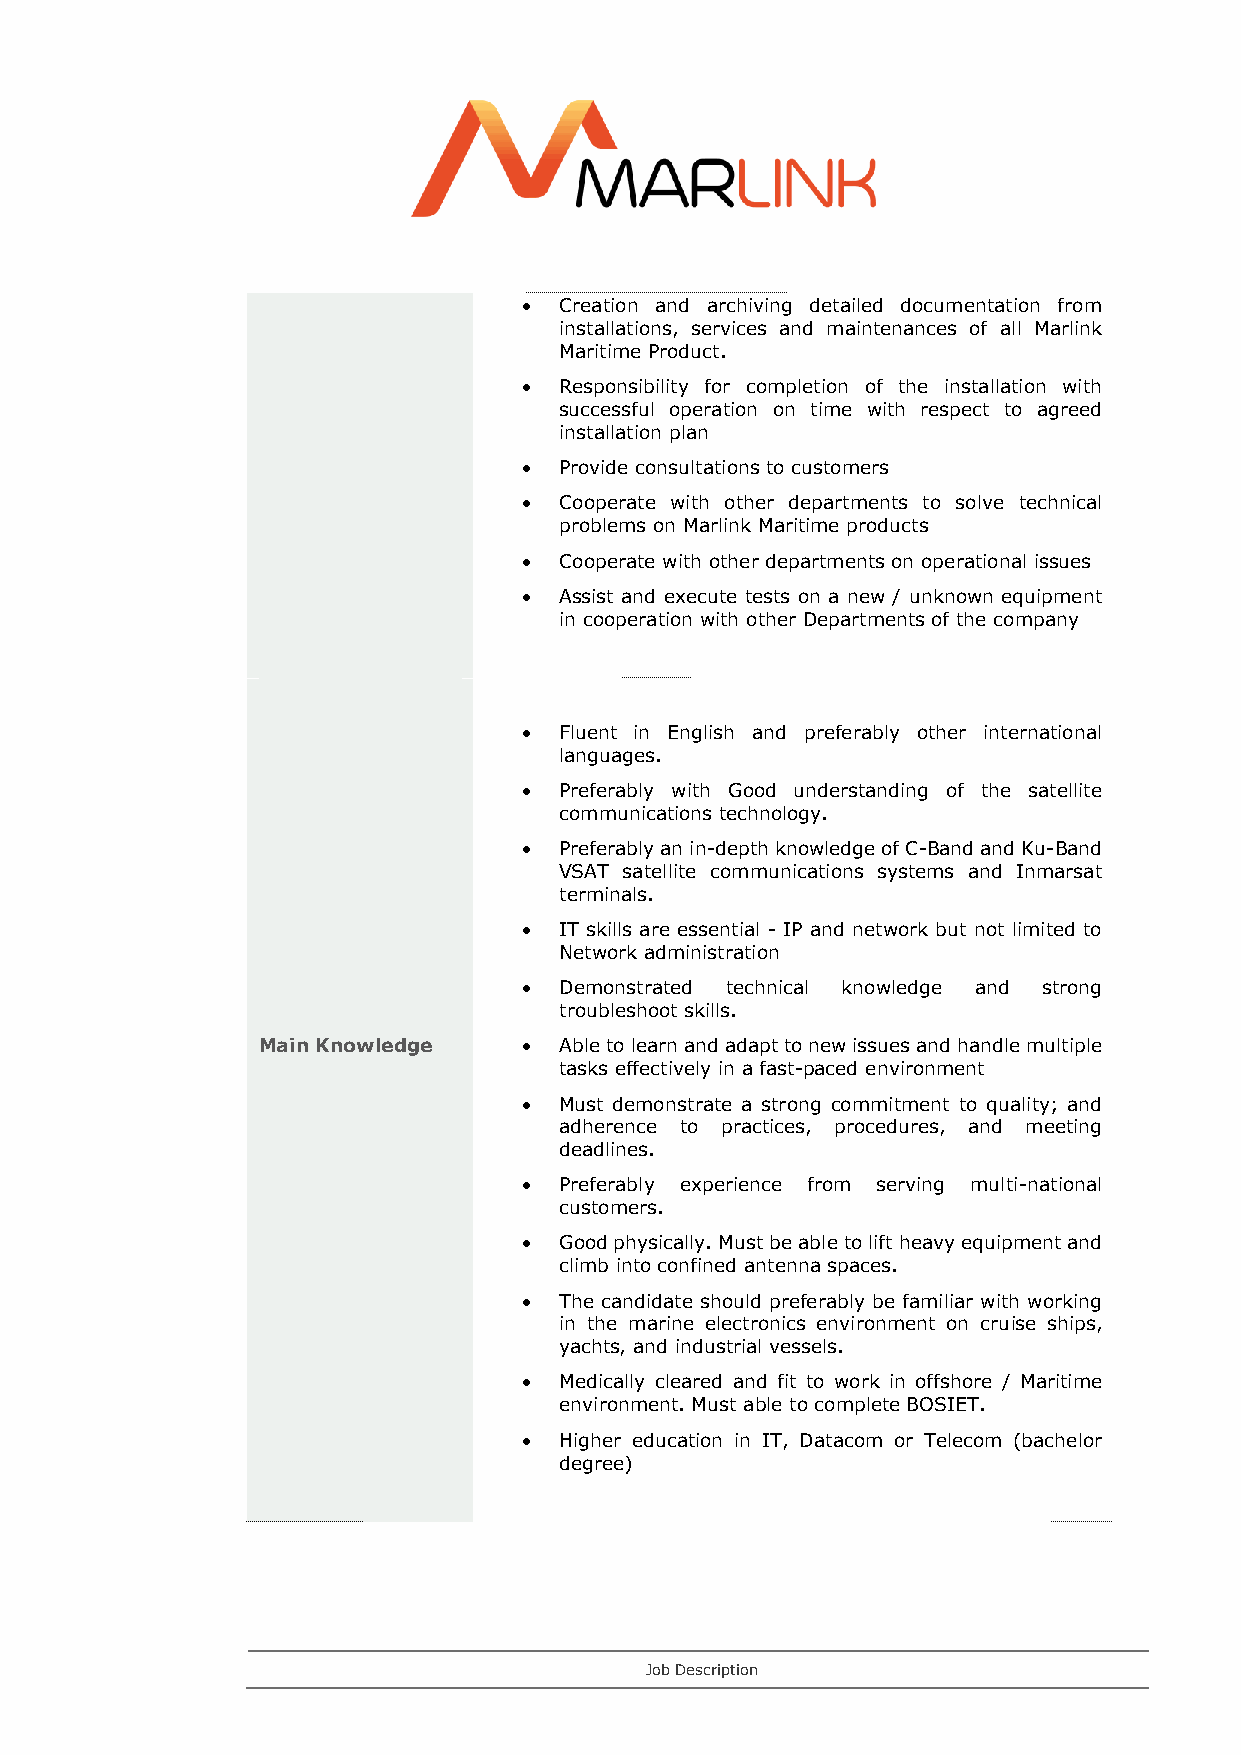
• Creation and archiving detailed documentation from
 installations, services and maintenances of all Marlink
 Maritime Product.
 • Responsibility for completion of the installation with
 successful operation on time with respect to agreed
 installation plan
 • Provide consultations to customers
 • Cooperate with other departments to solve technical
 problems on Marlink Maritime products
 • Cooperate with other departments on operational issues
 • Assist and execute tests on a new / unknown equipment
 in cooperation with other Departments of the company
 • Fluent in English and preferably other international
 languages.
 • Preferably with Good understanding of the satellite
 communications technology.
 • Preferably an in-depth knowledge of C-Band and Ku-Band
 VSAT satellite communications systems and Inmarsat
 terminals.
 • IT skills are essential - IP and network but not limited to
 Network administration
 • Demonstrated technical knowledge and strong
 troubleshoot skills.
 Main Knowledge    • Able to learn and adapt to new issues and handle multiple
 tasks effectively in a fast-paced environment
 • Must demonstrate a strong commitment to quality; and
 adherence to practices, procedures, and meeting
 deadlines.
 • Preferably experience from serving multi-national
 customers.
 • Good physically. Must be able to lift heavy equipment and
 climb into confined antenna spaces.
 • The candidate should preferably be familiar with working
 in the marine electronics environment on cruise ships,
 yachts, and industrial vessels.
 • Medically cleared and fit to work in offshore / Maritime
 environment. Must able to complete BOSIET.
 • Higher education in IT, Datacom or Telecom (bachelor
 degree)
 Job Description